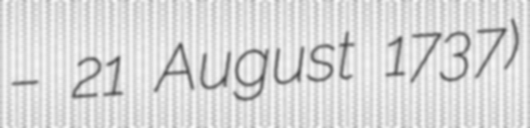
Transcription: – 21 August 1737)